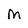
Character: M